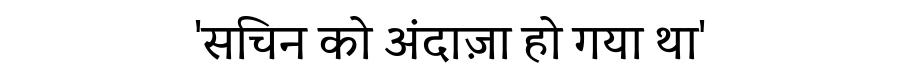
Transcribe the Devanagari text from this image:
'सचिन को अंदाज़ा हो गया था'